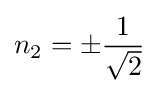
n_{2}=\pm {\frac {1}{\sqrt {2}}}